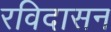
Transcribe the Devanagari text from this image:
रविदासन